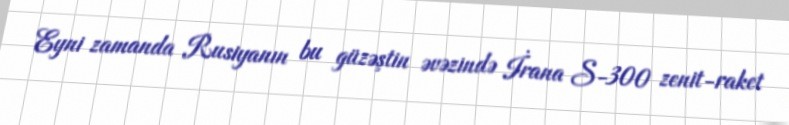
Eyni zamanda Rusiyanın bu güzəştin əvəzində İrana S-300 zenit-raket